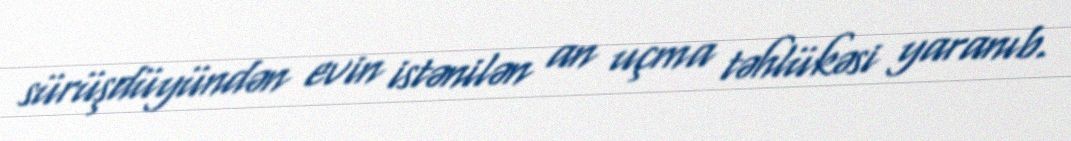
sürüşdüyündən evin istənilən an uçma təhlükəsi yaranıb.